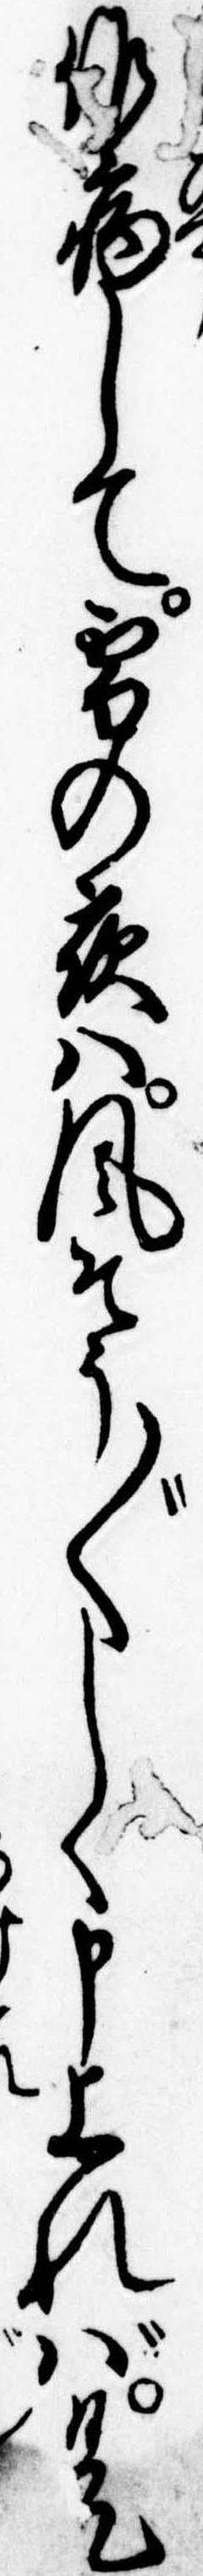
作病して雪の夜は風そうぐしく申上れば是